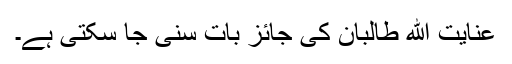
عنایت الله طالبان کی جائز بات سنی جا سکتی ہے۔